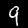
Label: 9